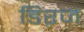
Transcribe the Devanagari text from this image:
डिऱज